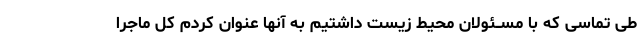
طى تماسى که با مســئولان محیط زیست داشتیم به آنها عنوان کردم کل ماجرا